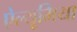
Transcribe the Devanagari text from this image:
ऐल्यूमिया